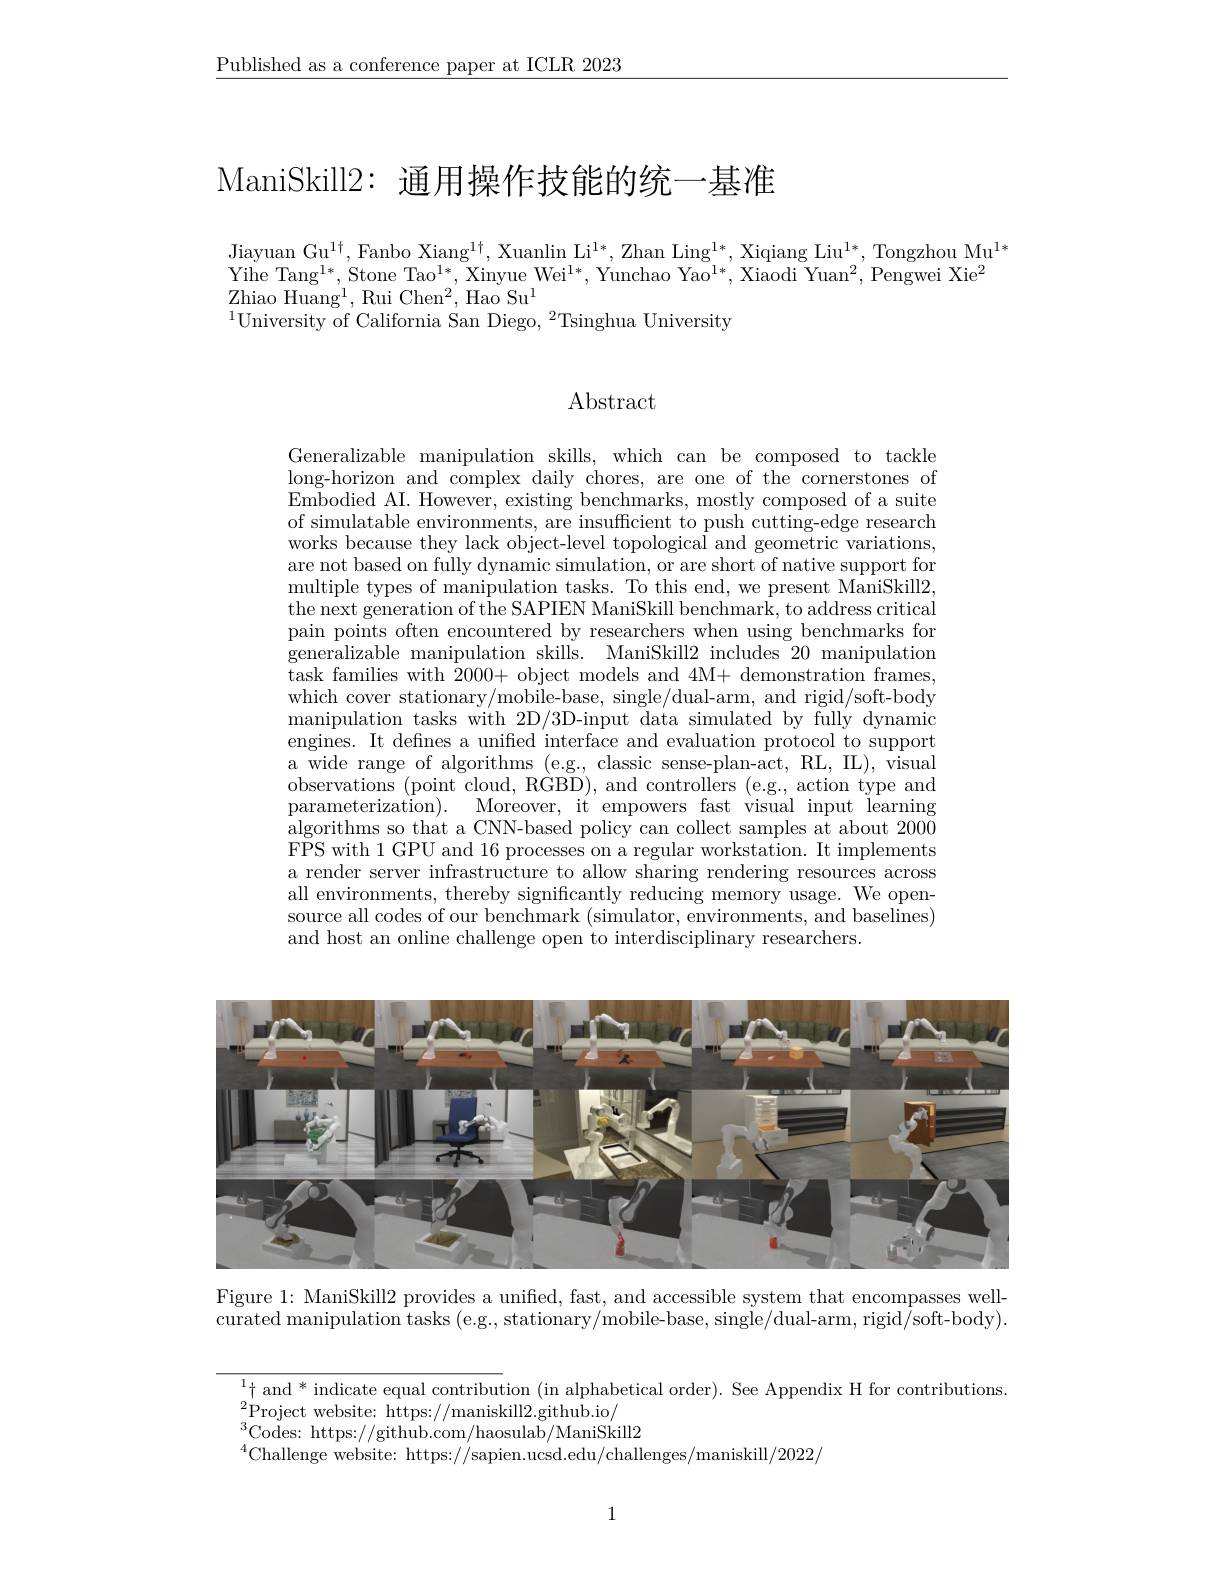
$\underline{\text{Published as a conference paper at ICLR 2023}}$

# ManiSkill2: 通用操作技能的统一基准

Jiayuan Gu$^1\dagger$,Fanbo Xiang$^1\dagger$, Xuanlin Li$^{1*}$,Zhan Ling$^1*$, Xiqiang Liu$^1*$, Tongzhou Mu$^1*$ $\begin{array}{l}{\mathrm{Yihe~Tang^{1*},~Stone~Tao^{1*},~Xinyue~Wei^{1*},~Yunchao~Yao^{1*},~Xiaodi~Yuan^{2},~Pengwei~Xie^{2}}}\\{\mathrm{Yihe~Tang^{1*},~Stone~Tao^{1*},~Xinyue~Wei^{1*},~Yunchao~Yao^{1*},~Xiaodi~Yuan^{2},~Pengwei~X}}\end{array}$ Zhiao Huan$g^{1}$, Rui Che$n^{2}$, Hao S$u^{1}$
$^{1}$University of California San Diego, $^2$Tsinghua University

Abstract

Generalizable manipulation skills, which can be composed to tackle long-horizon and complex daily chores, are one of the cornerstones of Embodied AI. However, existing benchmarks, mostly composed of a suite of simulatable environments, are insuffcient to push cutting-edge research works because they lack object-level topological and geometric variations, are not based on fully dynamic simulation, or are short of native support for multiple types of manipulation tasks. To this end, we present ManiSkill2, the next generation of the SAPIEN ManiSkill benchmark, to address critical pain points often encountered by researchers when using benchmarks for generalizable manipulation skills. ManiSkill2 includes 20 manipulation task families with 2000+ object models and 4M+ demonstration frames, which cover stationary/mobile-base, single/dual-arm, and rigid/soft-body manipulation tasks with 2D/3D-input data simulated by fully dynamic engines. It defines a unified interface and evaluation protocol to support a wide range of algorithms (e.g., classic sense-plan-act, RL, IL), visual observations (point cloud, RGBD), and controllers (e.g., action type and $parameterization) .$ Moreover, it empowers fast visual input learning parameterization) . Moreover, it empowers fast visual input learning parameterization) . Moreover, it empowers fast visual input learning purand puserand pusent pur p algorithms so that a CNN-based policy can collect samples at about 2000 FPS with 1 GPU and 16 processes on a regular workstation. It implements a render server infrastructure to allow sharing rendering resources across all environments, thereby significantly reducing memory usage. We opensource all codes of our benchmark (simulator, environments, and baselines) and host an online challenge open to interdisciplinary researchers.

<FigureHere>

Figure 1: ManiSkill2 provides a unified, fast, and accessible system that encompasses wellcurated manipulation tasks (e.g., stationary/mobile-base, single/dual-arm, rigid/soft-body).

$\frac1{\operatorname*{\operatorname*{\operatorname*{\operatorname*{\operatorname*{\:}}}}}}\text{ and }^*$ indicate equal contribution (in alphabetical order). See Appendix H for contributions.
$^{2}$Project website: https://maniskill2.github.io/
$^{3}$Codes: https://github.com/haosulab/ManiSkill2
$^{4}$Challenge website: https://sapien.ucsd.edu/challenges/maniskill/2022/

1